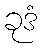
ခုဒံ